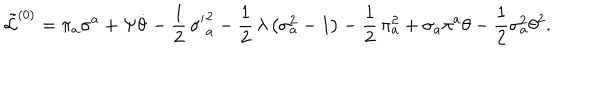
LaTeX: \tilde { \cal L } ^ { ( 0 ) } = \pi _ { a } \dot { \sigma } ^ { a } + \Psi \dot { \theta } - \frac { 1 } { 2 } \, { \sigma ^ { \prime } } _ { a } ^ { 2 } - \frac { 1 } { 2 } \, \lambda \, \bigl ( \sigma _ { a } ^ { 2 } - 1 \bigr ) - \frac { 1 } { 2 } \, \pi _ { a } ^ { 2 } + \sigma _ { a } \pi ^ { a } \theta - \frac { 1 } { 2 } \sigma _ { a } ^ { 2 } \theta ^ { 2 } .